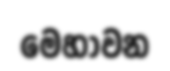
මෙහාවන